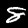
Digit: 8